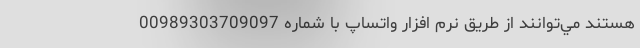
هستند مي‌توانند از طريق نرم افزار واتساپ با شماره 00989303709097